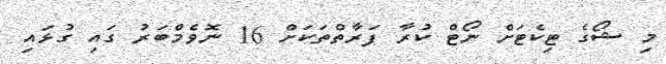
މި ޝޯގެ ޓިކެޓަށް ނޯޓް ކުރާ ފަރާތްތަކަށް 16 ނޮވެމްބަރު ގައި ގުޅައި